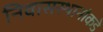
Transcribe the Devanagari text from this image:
निवासस्थानांकडे